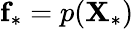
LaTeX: \textbf{f}_{*}=p(\textbf{X}_{*})